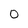
Character: 0